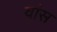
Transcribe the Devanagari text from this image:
वांस